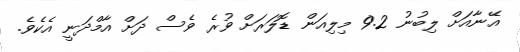
އޭނާއަށް ލިބުނު 9.2 މިލިއަން ޑޮލަރަށް ވުރެ ވެސް ދަށް އާމްދަނީ އެކެވެ.